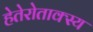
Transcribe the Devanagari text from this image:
हेतेरोताक्स्य